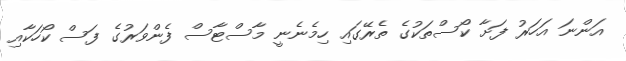
އަންނަ އަހަރު ފަށާ ކޯސްތަކުގެ ތެރޭގައި ހިމެނެނީ މާސްޓާސް ފެންވަރުގެ ފަސް ކޯހަކާއި